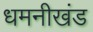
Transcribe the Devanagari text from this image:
धमनीखंड